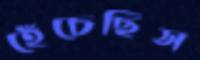
হেঁচেছিস